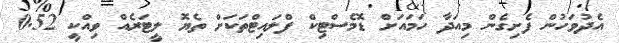
އެދުވަހުން ފެށިގެން މިއަދާ ހަަމައަށް ޑޮމެސްޓިކް ފްލައިޓްތަކަށް ތެޔޮ ލީޓަރެއް ވިއްކީ 0.52